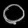
Digit: ၀